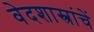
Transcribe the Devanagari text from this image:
वेदशास्त्रांचें